Vaccination in Burma 1920-1933 - 1920-1933
Year: 1920
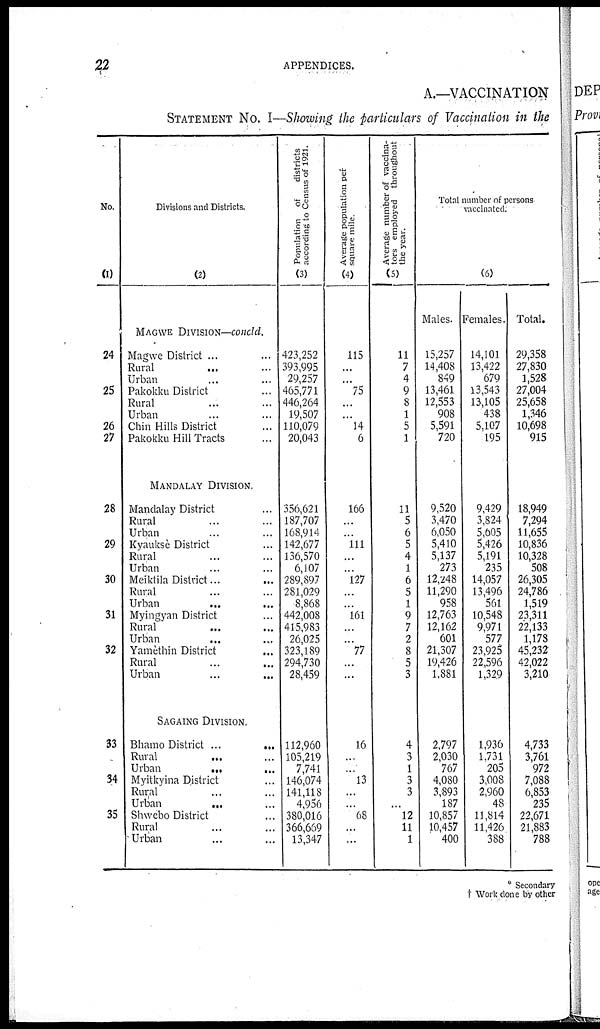
22
APPENDICES.
A.—VACCINATION
STATEMENT No. I—Showing the particulars of Vaccination in the
No.
(1)
24
25
26
27
28
29
30
31
32
33
34
35
Divisions and Districts.
(2)
MAGWE DIVISION—concld.
Magwe District ... ...
Rural... ...
Urban ... ...
Pakôkku District... ...
Rural... ...
Urban... ...
Chin Hills District... ...
Pakokku Hill Tracts... ...
MANDALAY DIVISION.
Mandalay District... ...
Rural... ...
Urban... ...
Kyauksè District... ...
Rural... ...
Urban... ...
Meiktila District...
...
Rural... ...
Urban
...
...
Myingyan District... ...
Rural...
...
Urban...
...
Yamèthin District
...
Rural... ...
Urban ... ...
SAGAING DIVISION.
Bhamo District ... ...
Rural... ...
Urban... ...
Myitkyina District ...
Rural... ...
Urban
...
...
Shwebo District ...
Rural... ...
Urban... ...
Population of
districts
according to Census of 1921.
(3)
423,252
393,995
29,257
465,771
446,264
19,507
110,079
20,043
356,621
187,707
168,914
142,677
136,570
6,107
289,897
281,029
8,868
442,008
415.983
26,025
323,189
294,730
28,459
112,960
105,219
7,741
146,074
141,118
4,956
380,016
366,669
13,347
Average population per
square mile.
(4)
115
...
...
75
...
...
14
6
166
...
...
111
...
...
127
...
...
161
...
...
77
...
...
16
...
...
13
...
...
68
...
...
Average number of vaccina-
tors employed throughout
the year.
(5)
11
7
4
9
8
1
5
1
11
5
6
5
4
1
6
5
1
9
7
2
8
5
3
4
3
1
3
3
...
12
11
1
Total number of persons
vaccinated.
(6)
Males.
15,257
14,408
849
13,461
12,553
908
5,591
720
9,520
3,470
6,050
5,410
5,137
273
12,248
11,290
958
12,763
12,162
601
21,307
19,426
1,881
2,797
2,030
767
4,080
3,893
187
10,857
10,457
400
Females.
14,101
13,422
679
13,543
13,105
438
5,107
195
9,429
3,824
5,605
5,426
5,191
235
14,057
13,496
561
10,548
9,971
577
23,925
22,596
1,329
1,936
1,731
205
3,008
2,960
48
11,814
11,426
388
Total.
29,358
27,830
1,528
27,004
25,658
1,346
10,698
915
18,949
7,294
11,655
10,836
10,328
508
26,305
24,786
1,519
23,311
22,133
1,178
45,232
42,022
3,210
4,733
3,761
972
7,088
6,853
235
22,671
21,883
788
* Secondary
† Work done by other